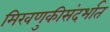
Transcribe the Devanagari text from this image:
मिरवणुकीसंदर्भात